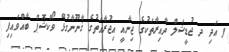
ފ އަދި ދ ޖުޑީޝަލް ދާއިރާތަކުގެ ޖިނާއީ އިޖުރާއަތުގެ ޤާނޫނާގުޅޭ ވޯކްޝޮޕް ބާއްވައިފި